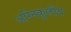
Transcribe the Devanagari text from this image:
अग्निकुलीय